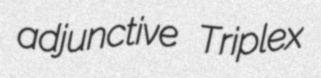
adjunctive Triplex